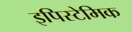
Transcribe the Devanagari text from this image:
इपिस्टेमिक